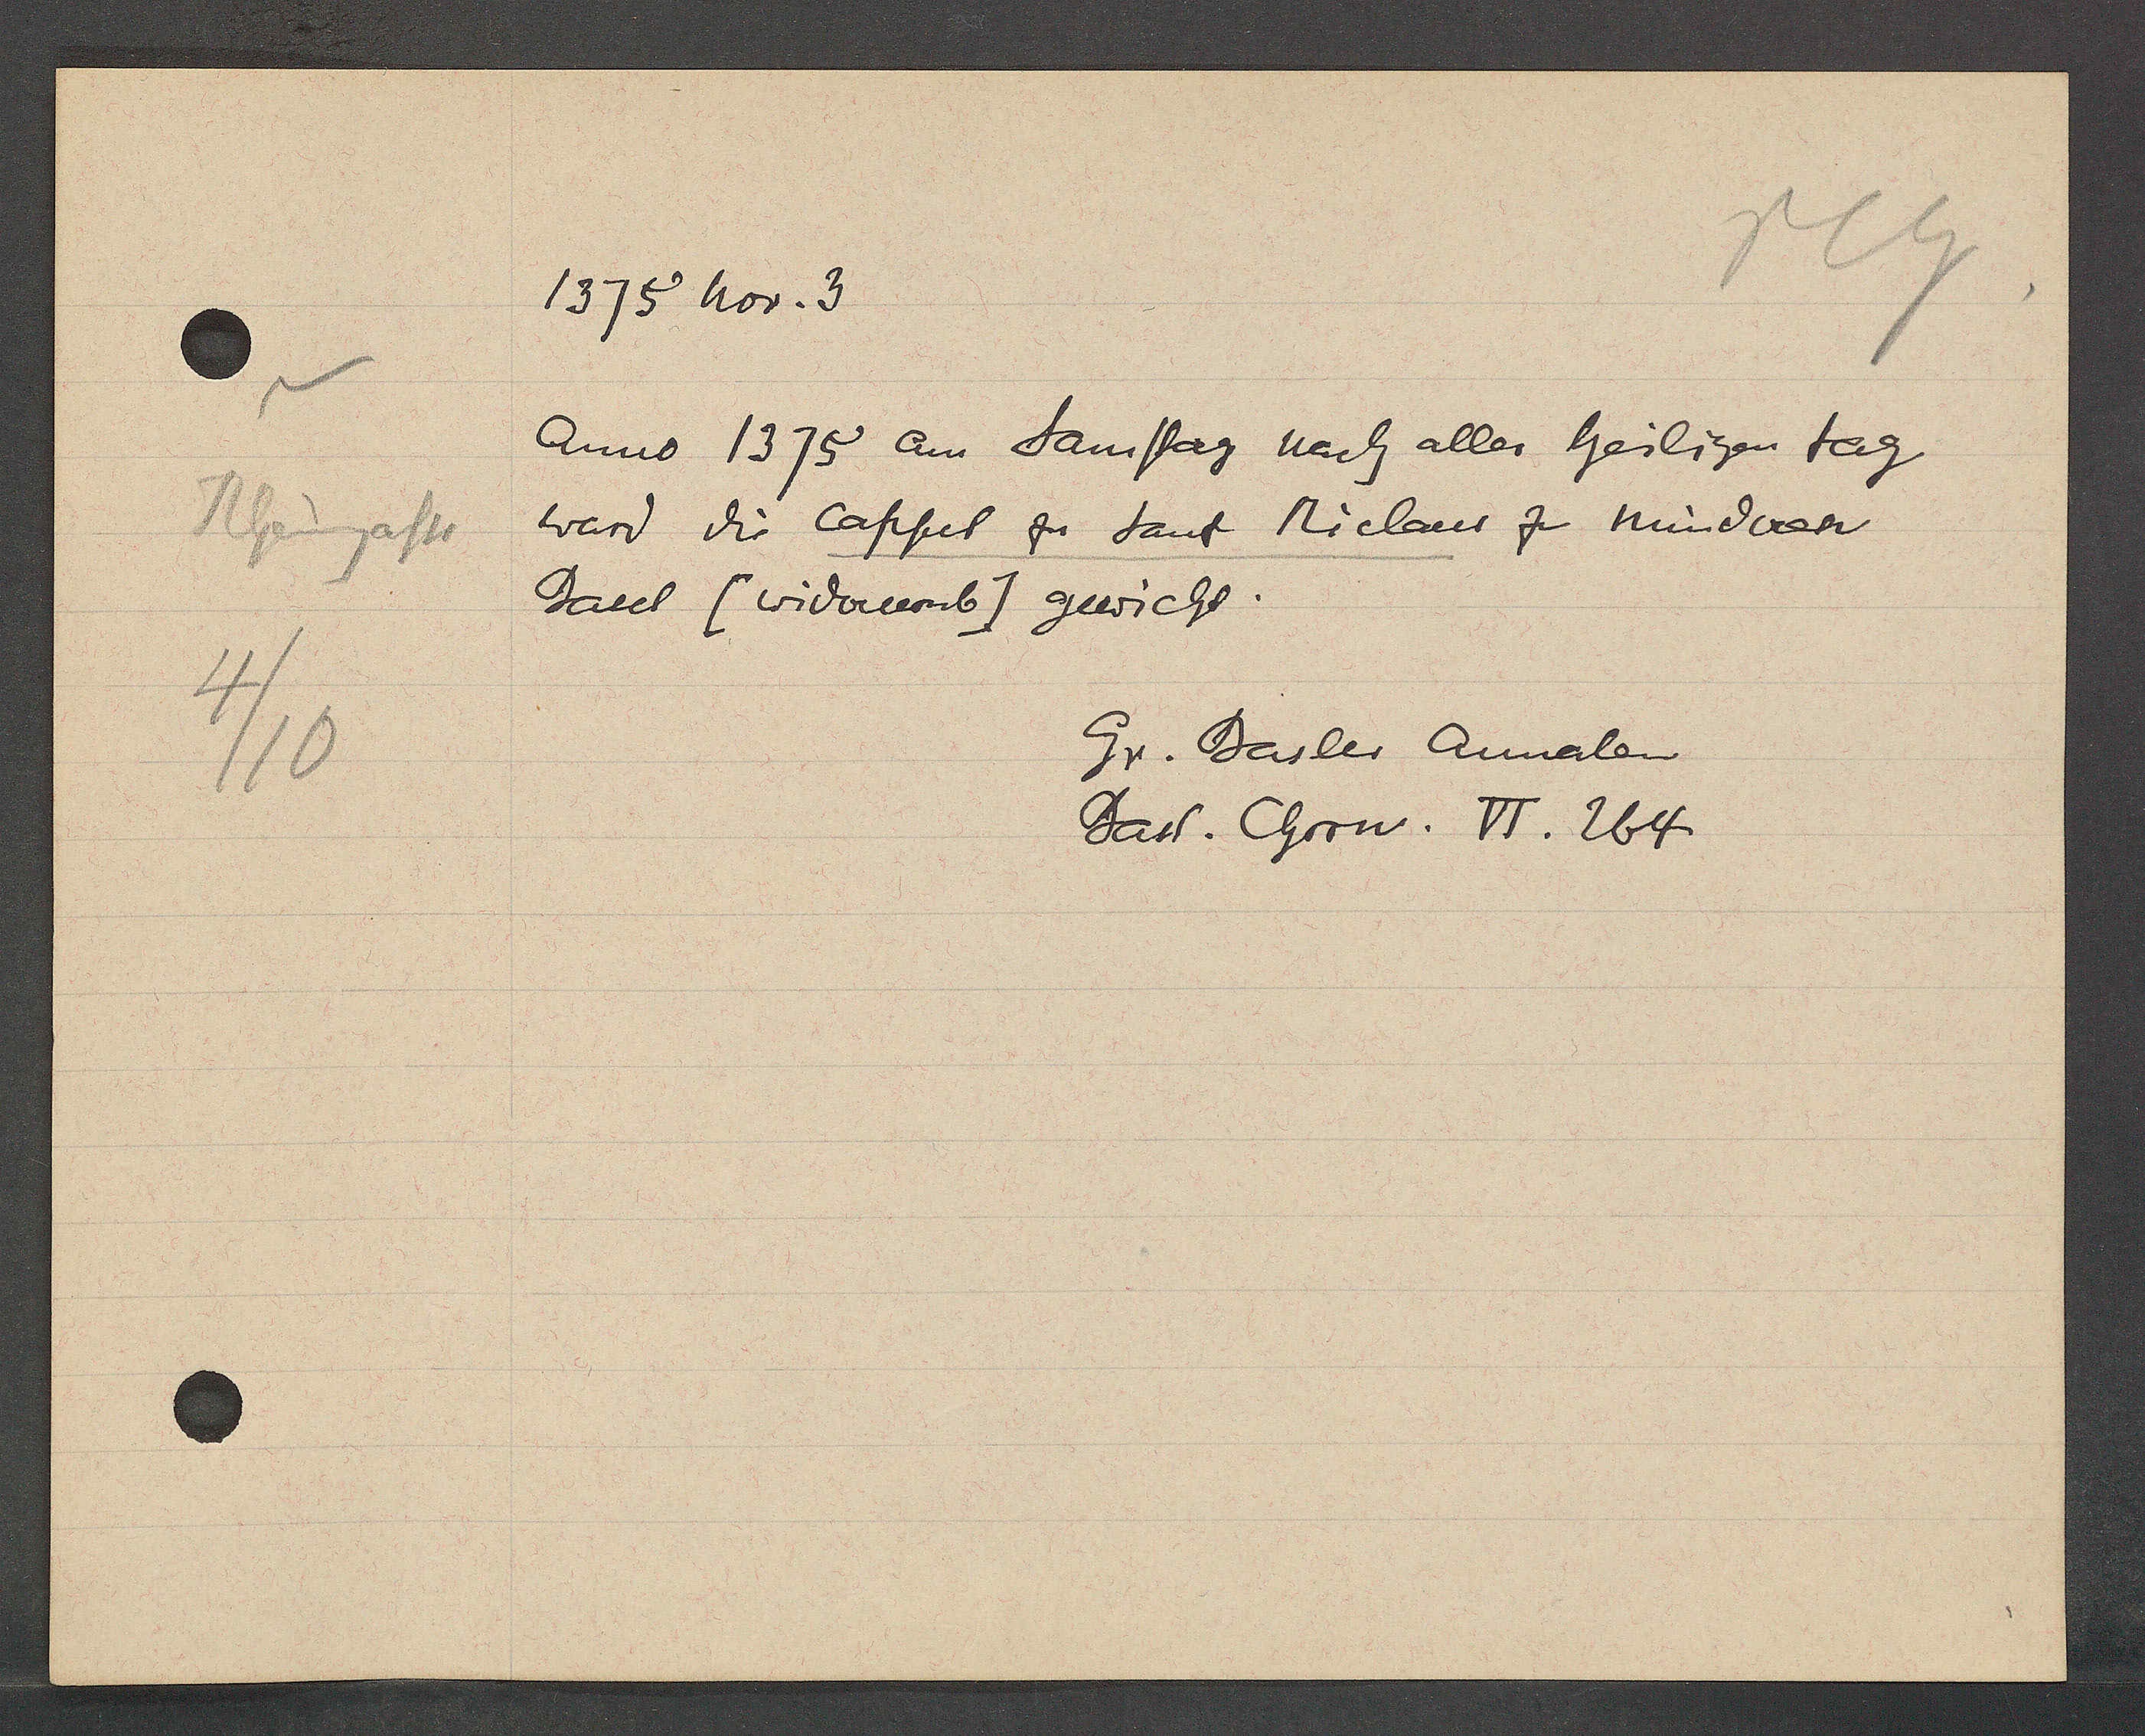
Transcript:
Rheingasse
4/10

1375 nov. 3

Anno 1375 an Samstag nach aller heiligen tag
ward die Cappel zu Sant Niclaus zu minderen
Basel (widerumb) gewicht.

Gr. Basler Annalen,
Bas. Chron. II. 264